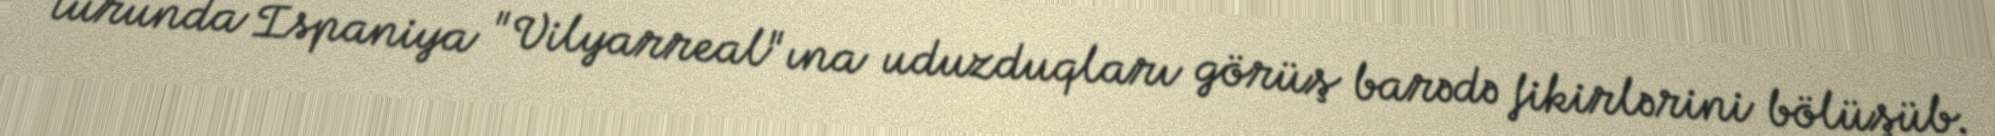
turunda İspaniya "Vilyarreal"ına uduzduqları görüş barədə fikirlərini bölüşüb.